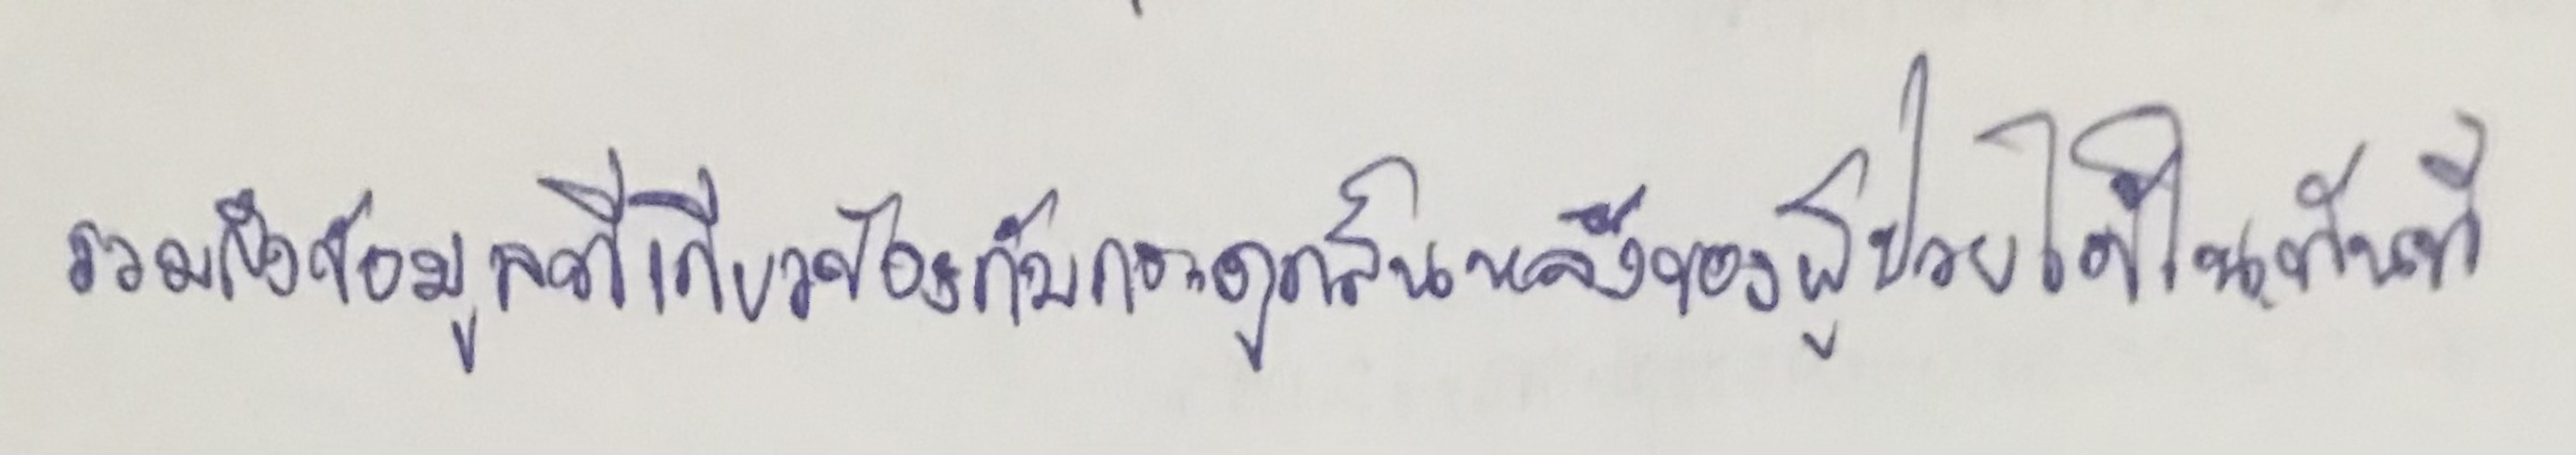
รวมถึงข้อมูลที่เกี่ยวข้องกับกระดูกสันหลังของผู้ป่วยได้ในทันที